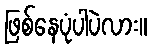
ဖြစ်နေပုံပါပဲလား။